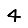
Digit: 4